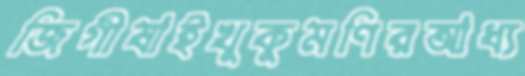
জিগীষাইখুকুমণিরআধ্য